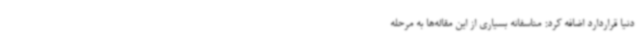
دنیا قراردارد اضافه کرد: متاسفانه بسیاری از این مقاله‌ها به مرحله